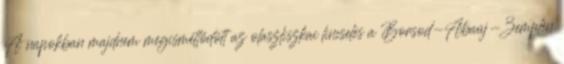
A napokban majdnem megismétlődött az olaszliszkai lincselés a Borsod-Abaúj-Zemplén